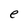
Character: e